Annual report on the mental hospital in the Central Provinces and Berar (Nagpur) - 1927-1951
Year: 1927
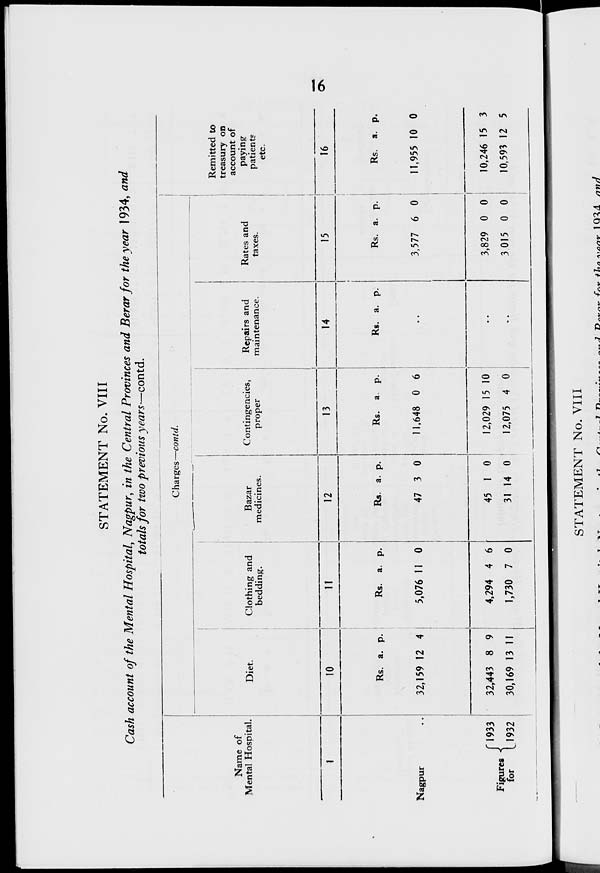
16
STATEMENT No. VIII
Cash account of the Mental Hospital, Nagpur, in the Central Provinces and Berar for the year 1934, and
totals for two previous years—contd.
Name of
Mental Hospital.
1
Nagpur
..
Figures
for
1933
1932
Charges —contd.
Diet.
10
Rs.
32,159
32,443
30,169
a.
12
8
13
p.
4
9
11
Clothing and
bedding.
11
Rs.
5,076
4,294
1,730
a.
11
4
7
p.
0
6
0
Bazar
medicines.
12
Rs.
47
45
31
a.
3
1
14
p.
0
0
0
Contingencies,
proper
13
Rs.
11,648
12,029
12,075
a.
0
15
4
p.
6
10
0
Repairs and
maintenance.
14
Rs. a. p.
..
..
..
Rates and
taxes.
15
Rs.
3,577
3,829
3,015
a.
6
0
0
p.
0
0
0
Remitted to
treasury on
account of
paying
patients
etc.
16
Rs.
11,955
10,246
10,593
a.
10
15
12
p.
0
3
5